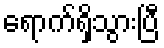
ရောက်ရှိသွားပြီ